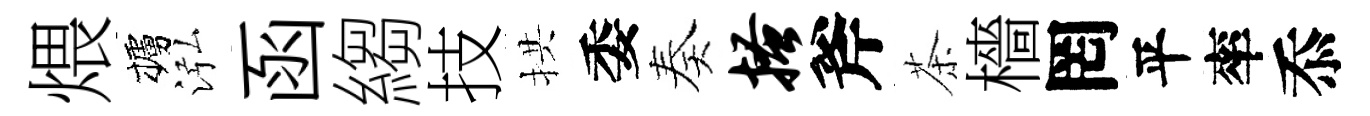
煨櫨泓函縐技拱委奏搔斧茶檣罔平率忝